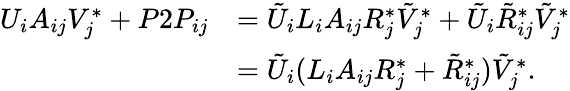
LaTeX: \begin{array}{rl}{U_{i}A_{ij}V_{j}^{*}+P2P_{ij}}&{=\tilde{U}_{i}L_{i}A_{ij}R_{j}^{*}\tilde{V}_{j}^{*}+\tilde{U}_{i}\tilde{R}_{ij}^{*}\tilde{V}_{j}^{*}}\\ &{=\tilde{U}_{i}(L_{i}A_{ij}R_{j}^{*}+\tilde{R}_{ij}^{*})\tilde{V}_{j}^{*}.}\end{array}